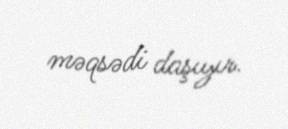
məqsədi daşıyır.